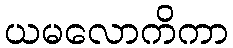
ယမလောကိကာ